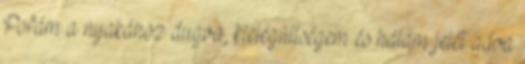
Pofám a nyakához dugva, kielégültségem és hálám jelét adva